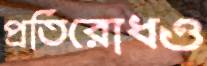
প্রতিরোধও